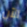
الآن